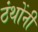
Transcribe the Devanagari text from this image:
ठंथोंनी